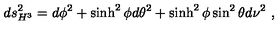
d s _ { H ^ { 3 } } ^ { 2 } = d \phi ^ { 2 } + \sinh ^ { 2 } \phi d \theta ^ { 2 } + \sinh ^ { 2 } \phi \sin ^ { 2 } \theta d \nu ^ { 2 } \ ,